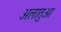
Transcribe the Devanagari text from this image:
अलातुआ